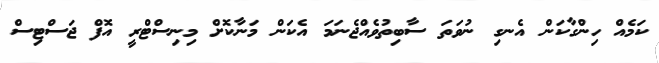
ކަމެއް ހިންގާކަން އެނގި ނުވަތަ ސާބިތުވެއްޖެނަމަ އެކަން މަނާކޮށް މިނިސްޓްރީ އޮފް ޖަސްޓިސް